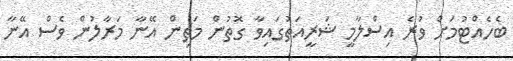
ބެހެއްޓުމަށް ވުރެ އިސްލާމީ ޝަރީއަތުގައިވާ ގޮތުން މަތިން އޭނާ މަރާލުން ވެސް އޭނާ